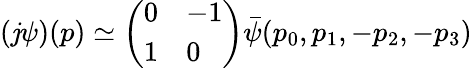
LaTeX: (\mathit{j}\psi)(p)\simeq\left(\begin{array}{ll}{{0}}&{{-1}}\\ {{1}}&{{0}}\end{array}\right)\bar{{\psi}}(p_{0},p_{1},-p_{2},-p_{3})